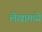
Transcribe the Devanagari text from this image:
लेखामध्येे